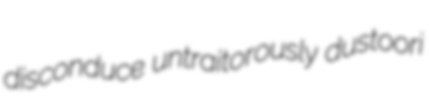
disconduce untraitorously dustoori